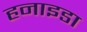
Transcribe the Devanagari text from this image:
हनाइडा